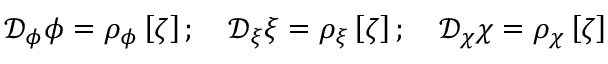
\begin{array} { r } { \mathcal { D } _ { \phi } \phi = \rho _ { \phi } \left[ \zeta \right] ; \quad \mathcal { D } _ { \xi } \xi = \rho _ { \xi } \left[ \zeta \right] ; \quad \mathcal { D } _ { \chi } \chi = \rho _ { \chi } \left[ \zeta \right] } \end{array}